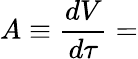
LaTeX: A\equiv{\frac{dV}{d\tau}}=